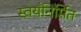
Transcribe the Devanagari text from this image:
स्वयँनिर्मित